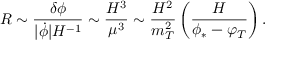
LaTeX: { \cal R } \sim \frac { \delta \phi } { \vert \dot { \phi } \vert H ^ { - 1 } } \sim \frac { H ^ { 3 } } { \mu ^ { 3 } } \sim \frac { H ^ { 2 } } { m _ { T } ^ { 2 } } \left( \frac { H } { \phi _ { \ast } - \varphi _ { T } } \right) .